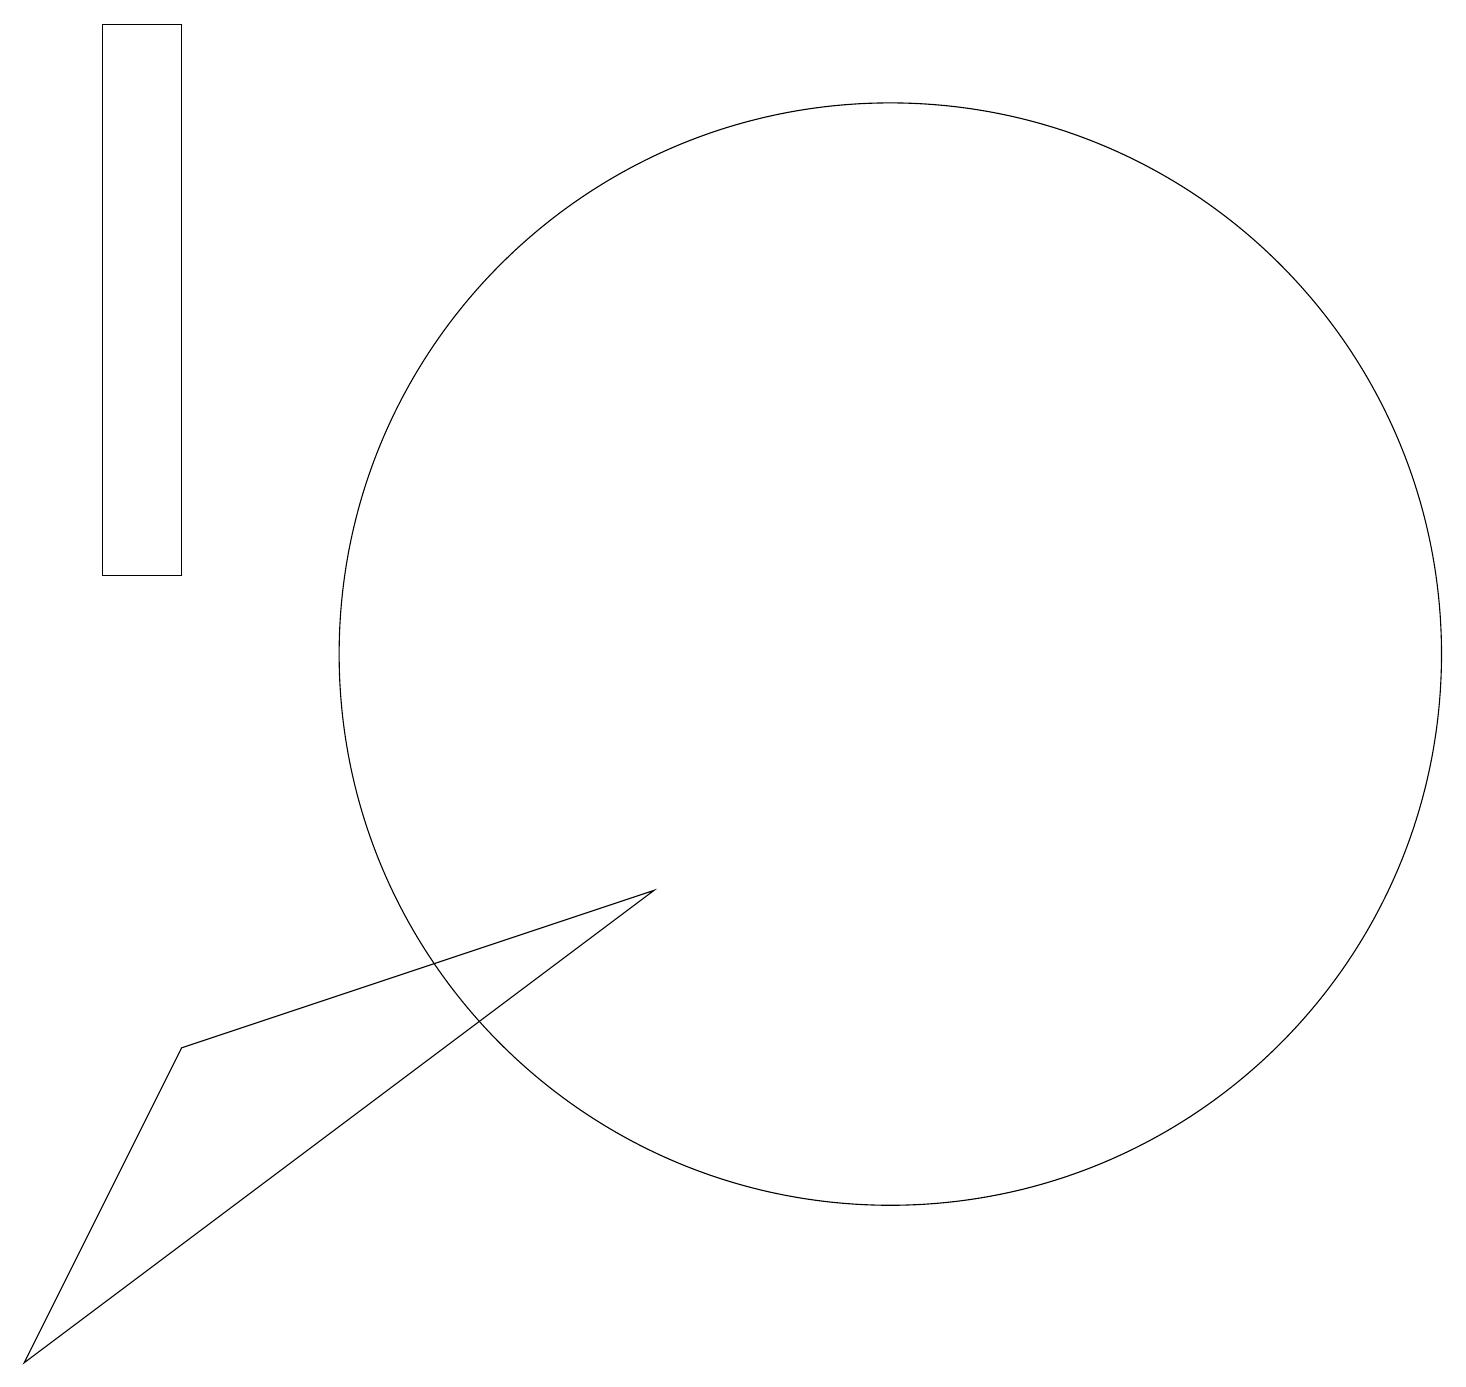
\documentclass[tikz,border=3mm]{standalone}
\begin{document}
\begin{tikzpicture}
\draw (11,11) circle (7);
\draw (8,8) -- (0,2) -- (2,6) -- cycle;
\draw (2,19) rectangle (1,12);
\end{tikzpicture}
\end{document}